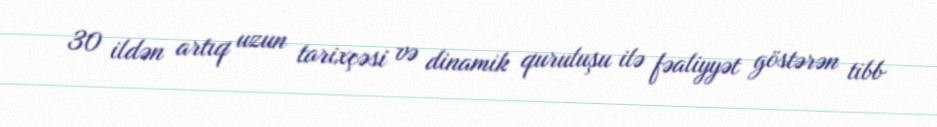
30 ildən artıq uzun tarixçəsi və dinamik quruluşu ilə fəaliyyət göstərən tibb